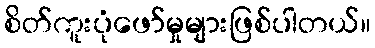
စိတ်ကူးပုံဖော်မှုများဖြစ်ပါတယ်။